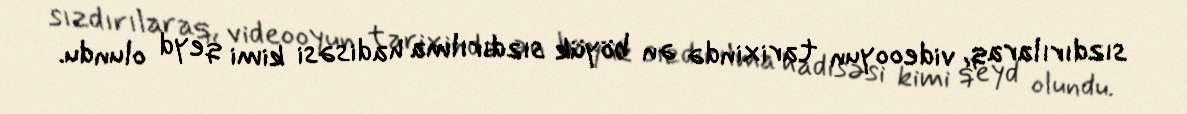
sızdırılaraq, videooyun tarixində ən böyük sızdırılma hadisəsi kimi qeyd olundu.